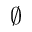
\varnothing